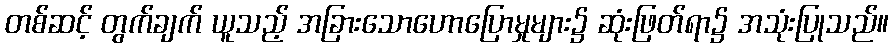
တစ်ဆင့် တွက်ချက် ယူသည့် အခြားသောဟောပြောမှုများ၌ ဆုံးဖြတ်ရာ၌ အသုံးပြုသည်။